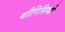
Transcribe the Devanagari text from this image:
मौरिसियो